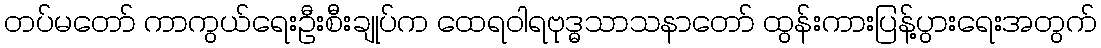
တပ်မတော် ကာကွယ်ရေးဦးစီးချုပ်က ထေရဝါရဗုဒ္ဓသာသနာတော် ထွန်းကားပြန့်ပွားရေးအတွက်